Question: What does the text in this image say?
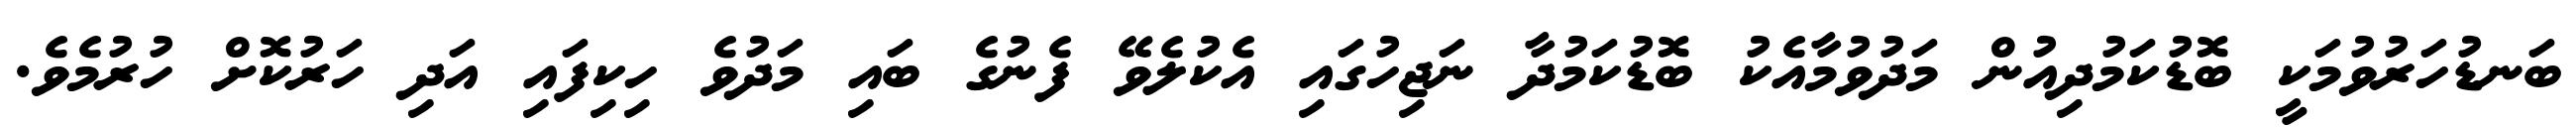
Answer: ބަނޑުހަރުވުމަކީ ބޮޑުކަމުދިއުން މަދުވުމާއެކު ބޮޑުކަމުދާ ނަޖިހުގައި އެކުލެވޭ ފެނުގެ ބައި މަދުވެ ހިކިފައި އަދި ހަރުކޮށް ހުރުމެވެ.